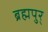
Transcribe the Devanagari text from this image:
ब्रह्मपुर्